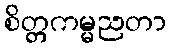
စိတ္တကမ္မညတာ